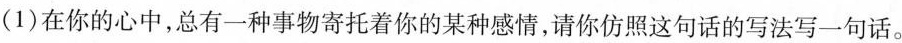
(1)在你的心中，总有一种事物寄托着你的某种感情，请你仿照这句话的写法写一句话。